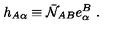
h _ { A \alpha } \equiv \bar { \cal N } _ { A B } e _ { \alpha } ^ { B } \ .